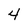
Character: 4